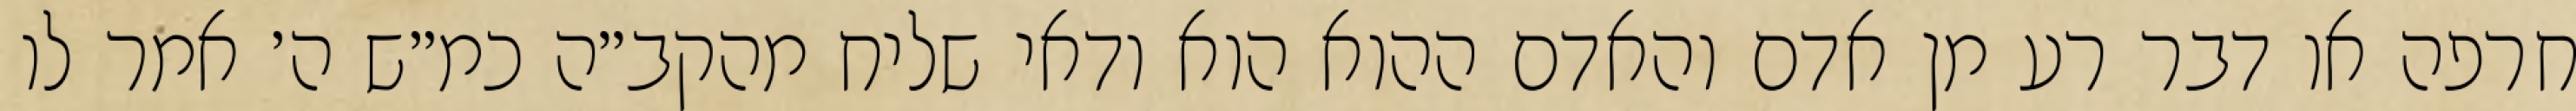
חרפה או דבר רע מן אדם והאדם ההוא הוא ודאי שליח מהקב״ה כמ״ש ה׳ אמר לו